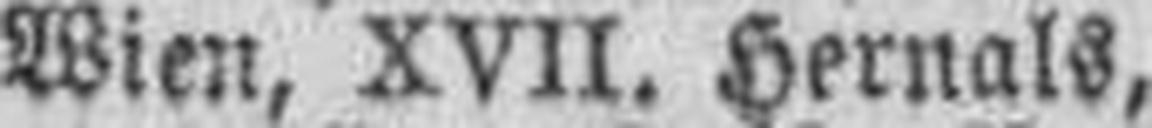
Wien, XVII. Hernals,